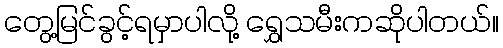
တွေ့မြင်ခွင့်ရမှာပါလို့ ရွှေသမီးကဆိုပါတယ်။